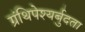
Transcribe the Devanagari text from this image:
ग्रंथिपेश्यर्बुदता